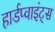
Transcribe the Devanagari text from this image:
हार्डप्वाइंट्स